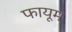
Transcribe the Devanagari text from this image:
फायूम